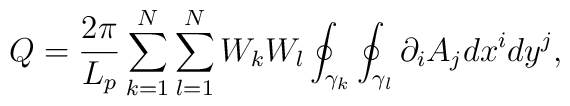
Q=\frac{2\pi }{L_p}\sum_{k=1}^N\sum_{l=1}^NW_kW_l\oint_{\gamma_k}\oint_{\gamma _l}\partial _iA_jdx^idy^j,